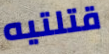
قتلتيه